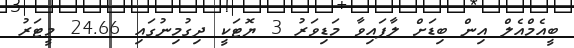
ބީއެމްއެލް އިން ބިޑަށް ލާފައިވާ މަޑިވަރު 3 ޔޮޓަކީ ދިގުމިނުގައި 24.66 މީޓަރު